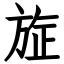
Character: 㫌